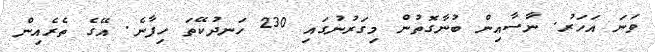
ވަނަ އަހަރު. ނާސާއިން ބުނާގޮތުން މިގަރުނުގައި 230 ހަނދުކޭތަ ހިފާނެ. އޭގެ ތެރެއިން